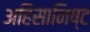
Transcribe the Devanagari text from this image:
अहिंसानिष्ट